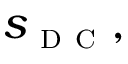
s _ { \textsc { d c } } ,